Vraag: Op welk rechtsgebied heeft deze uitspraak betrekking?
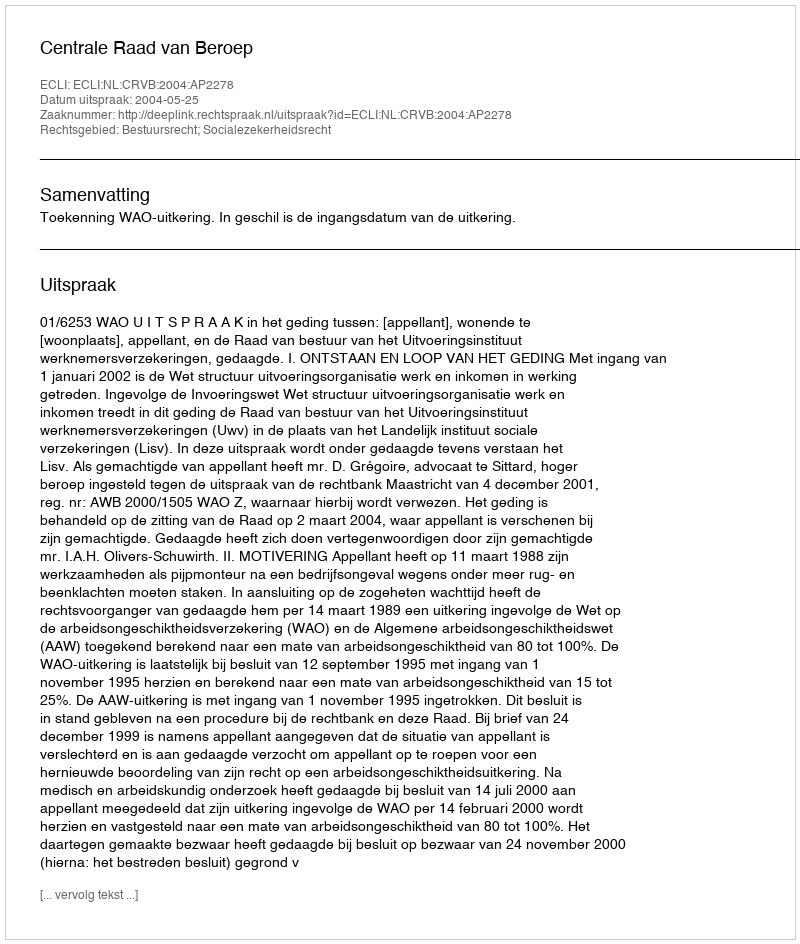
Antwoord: Bestuursrecht; Socialezekerheidsrecht